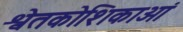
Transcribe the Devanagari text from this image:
श्वेतकोशिकाओं